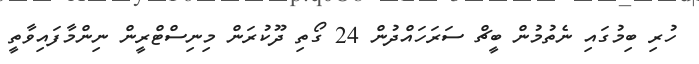
ހުރި ބިމުގައި ނެތުމުން ބީޗް ސަރަހައްދުން 24 ގޯތި ދޫކުރަން މިނިސްޓްރީން ނިންމާފައިވާތީ